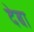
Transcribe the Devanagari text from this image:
देबा